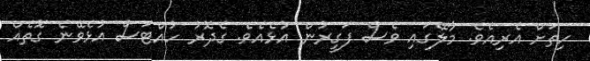
ހިތަށް އެރިއެވެ. މާލޭގައި ވެސް ފަގީރުން އުޅެއެވެ. ގެދޮރު ހުއްޓަސް އުޅެވޭނެ ގޮތެއް